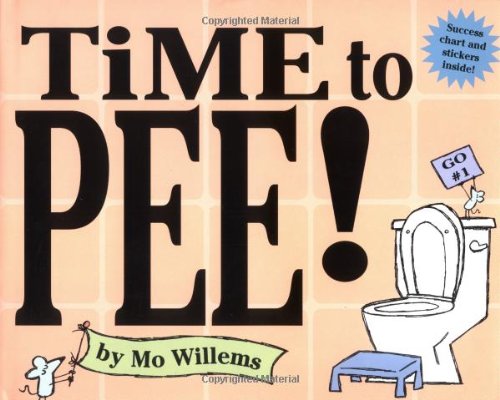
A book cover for Time to Pee!; Mo Willems; Children's Books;